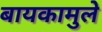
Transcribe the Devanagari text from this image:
बायकामुले